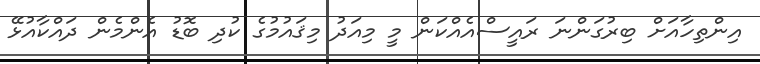
އިންތިހާއަށް ބިރުގަންނަ ރައީސްއެއްކަން މީ މިއަދު މިޤައުމުގެ ކުދި ބޮޑު އެންމެން ދައްކާއުޅޭ